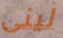
لينى